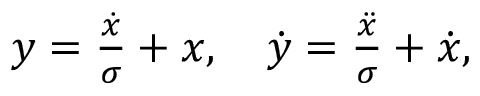
\begin{array} { r } { y = \frac { \dot { x } } { \sigma } + x , \quad \dot { y } = \frac { \ddot { x } } { \sigma } + \dot { x } , } \end{array}